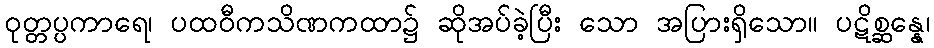
ဝုတ္တပ္ပကာရေ၊ ပထဝီကသိဏကထာ၌ ဆိုအပ်ခဲ့ပြီး သော အပြားရှိသော။ ပဋိစ္ဆန္နေ၊